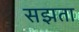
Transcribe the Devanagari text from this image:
सझता